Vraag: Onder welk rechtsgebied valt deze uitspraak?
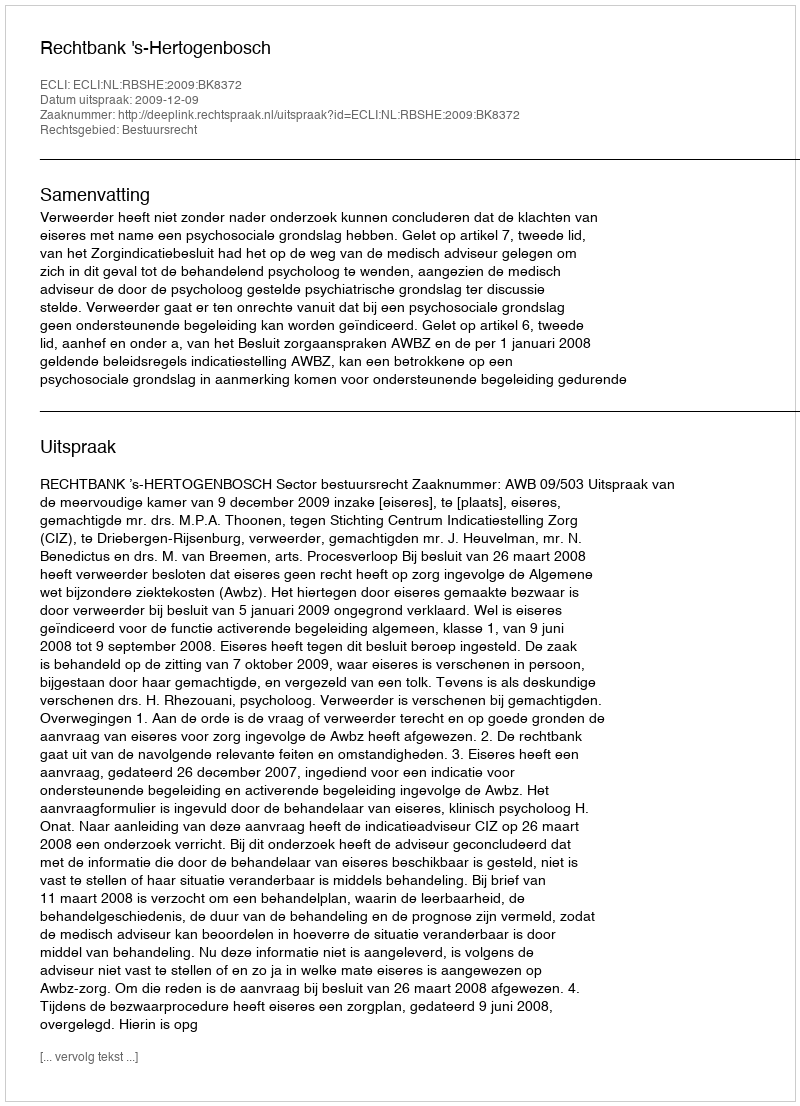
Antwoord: Bestuursrecht